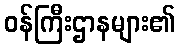
ဝန်ကြီးဌာနများ၏